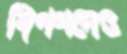
বিপণনেও